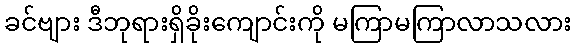
ခင်ဗျား ဒီဘုရားရှိခိုးကျောင်းကို မကြာမကြာလာသလား